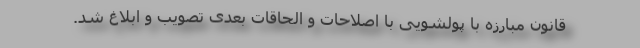
قانون مبارزه با پولشویی با اصلاحات و الحاقات بعدی تصویب و ابلاغ شد.